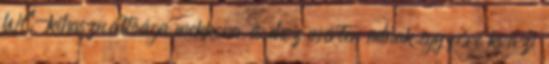
WC-kihasználtsága mekkora és ehez mérten adnak egy főre kvázi